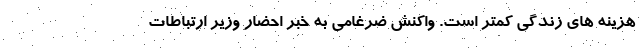
هزینه های زندگی کمتر است. واکنش ضرغامی به خبر احضار وزیر ارتباطات